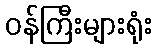
ဝန်ကြီးများရုံး